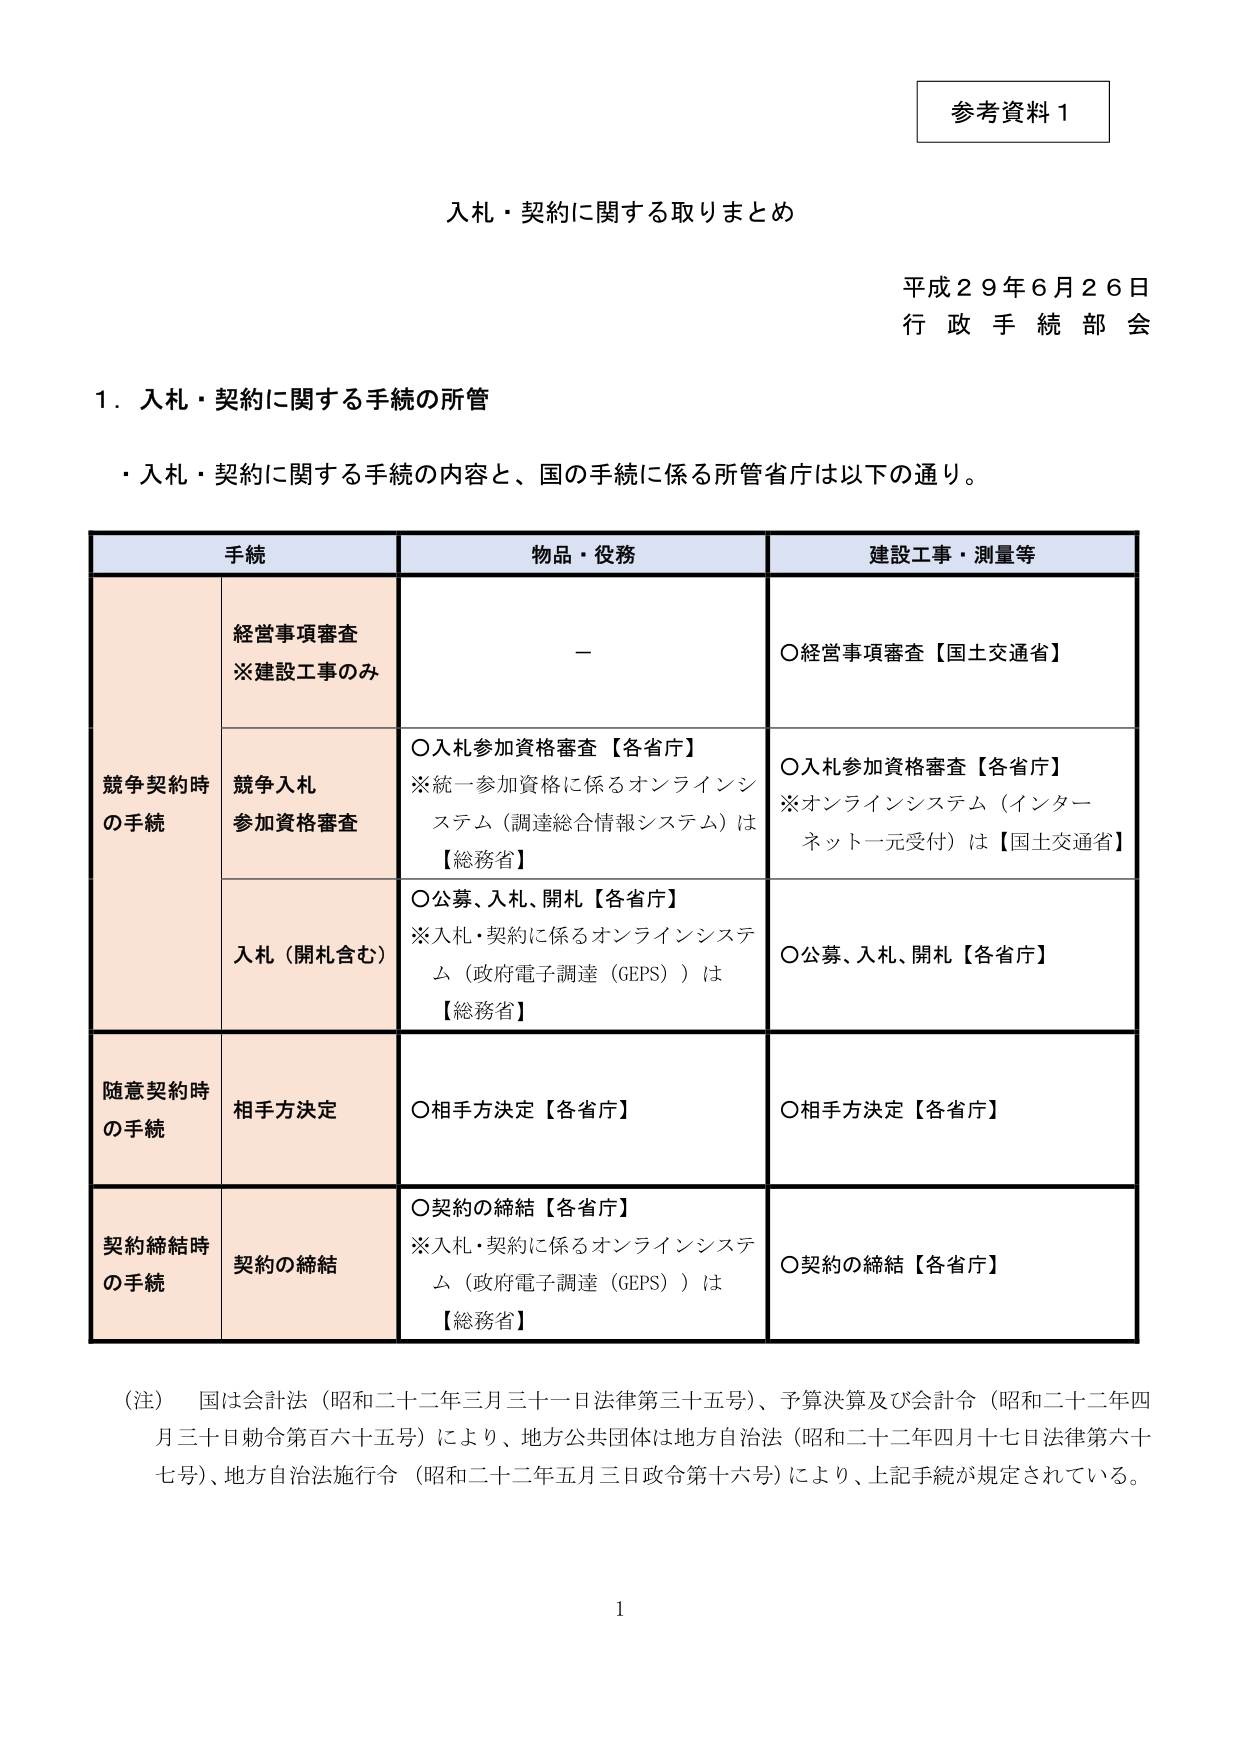
参考資料１

入札・契約に関する取りまとめ

平成２９年６月２６日
行 政 手 続 部 会

１．入札・契約に関する手続の所管

・入札・契約に関する手続の内容と、国の手続に係る所管省庁は以下の通り。

| 手続 | 物品・役務 | 建設工事・測量等 |
|------|------------|----------------|
| | 経営事項審査<br>※建設工事のみ | － | ○経営事項審査【国土交通省】 |
| 競争契約時<br>の手続 | 競争入札<br>参加資格審査 | ○入札参加資格審査【各省庁】<br>※統一参加資格に係るオンラインシステム（調達総合情報システム）は【総務省】 | ○入札参加資格審査【各省庁】<br>※オンラインシステム（インターネット一元受付）は【国土交通省】 |
| | 入札（開札含む） | ○公募、入札、開札【各省庁】<br>※入札・契約に係るオンラインシステム（政府電子調達（GEPS））は【総務省】 | ○公募、入札、開札【各省庁】 |
| 随意契約時<br>の手続 | 相手方決定 | ○相手方決定【各省庁】 | ○相手方決定【各省庁】 |
| 契約締結時<br>の手続 | 契約の締結 | ○契約の締結【各省庁】<br>※入札・契約に係るオンラインシステム（政府電子調達（GEPS））は【総務省】 | ○契約の締結【各省庁】 |

（注）　国は会計法（昭和二十二年三月三十一日法律第三十五号）、予算決算及び会計令（昭和二十二年四月三十日勅令第百六十五号）により、地方公共団体は地方自治法（昭和二十二年四月十七日法律第六十七号）、地方自治法施行令（昭和二十二年五月三日政令第十六号）により、上記手続が規定されている。

1